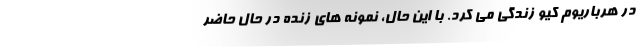
در هرباریوم کیو زندگی می کرد. با این حال، نمونه های زنده در حال حاضر